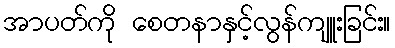
အာပတ်ကို စေတနာနှင့်လွန်ကျူးခြင်း။